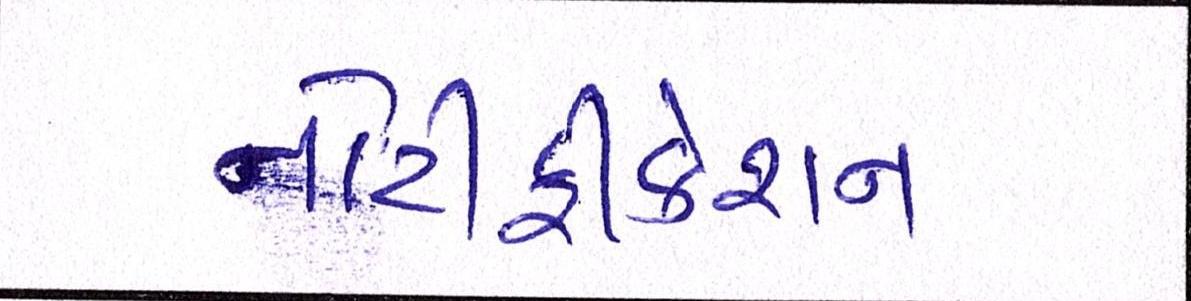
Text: નોટીફીકેશન